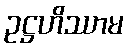
ဥဋ္ဌဟိဿာမ